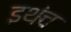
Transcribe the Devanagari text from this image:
इथंच